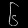
Digit: ၆